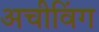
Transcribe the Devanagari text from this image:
अचीविंग